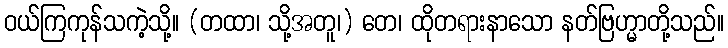
ဝယ်ကြကုန်သကဲ့သို့။ (တထာ၊ သို့အတူ၊) တေ၊ ထိုတရားနာသော နတ်ဗြဟ္မာတို့သည်။